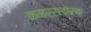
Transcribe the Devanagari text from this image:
कमर्सडोर्फ़